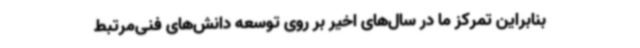
بنابراین تمرکز ما در سال‌های اخیر بر روی توسعه دانش‌های فنی‌مرتبط